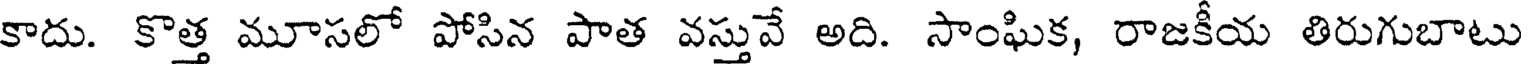
కాదు. కొత్త మూసలో పోసిన పాత వస్తువే అది. సాంఘిక, రాజకీయ తిరుగుబాటు